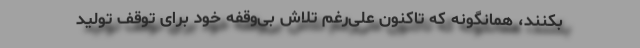
بکنند، همانگونه که تاکنون علی‌رغم تلاش بی‌وقفه خود برای توقف تولید